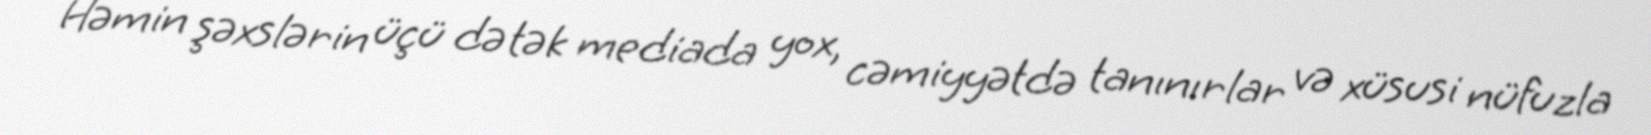
Həmin şəxslərin üçü də tək mediada yox, cəmiyyətdə tanınırlar və xüsusi nüfuzla